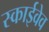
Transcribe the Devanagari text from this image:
स्काईवेव